Juuru_vallavalitsus, lk 48
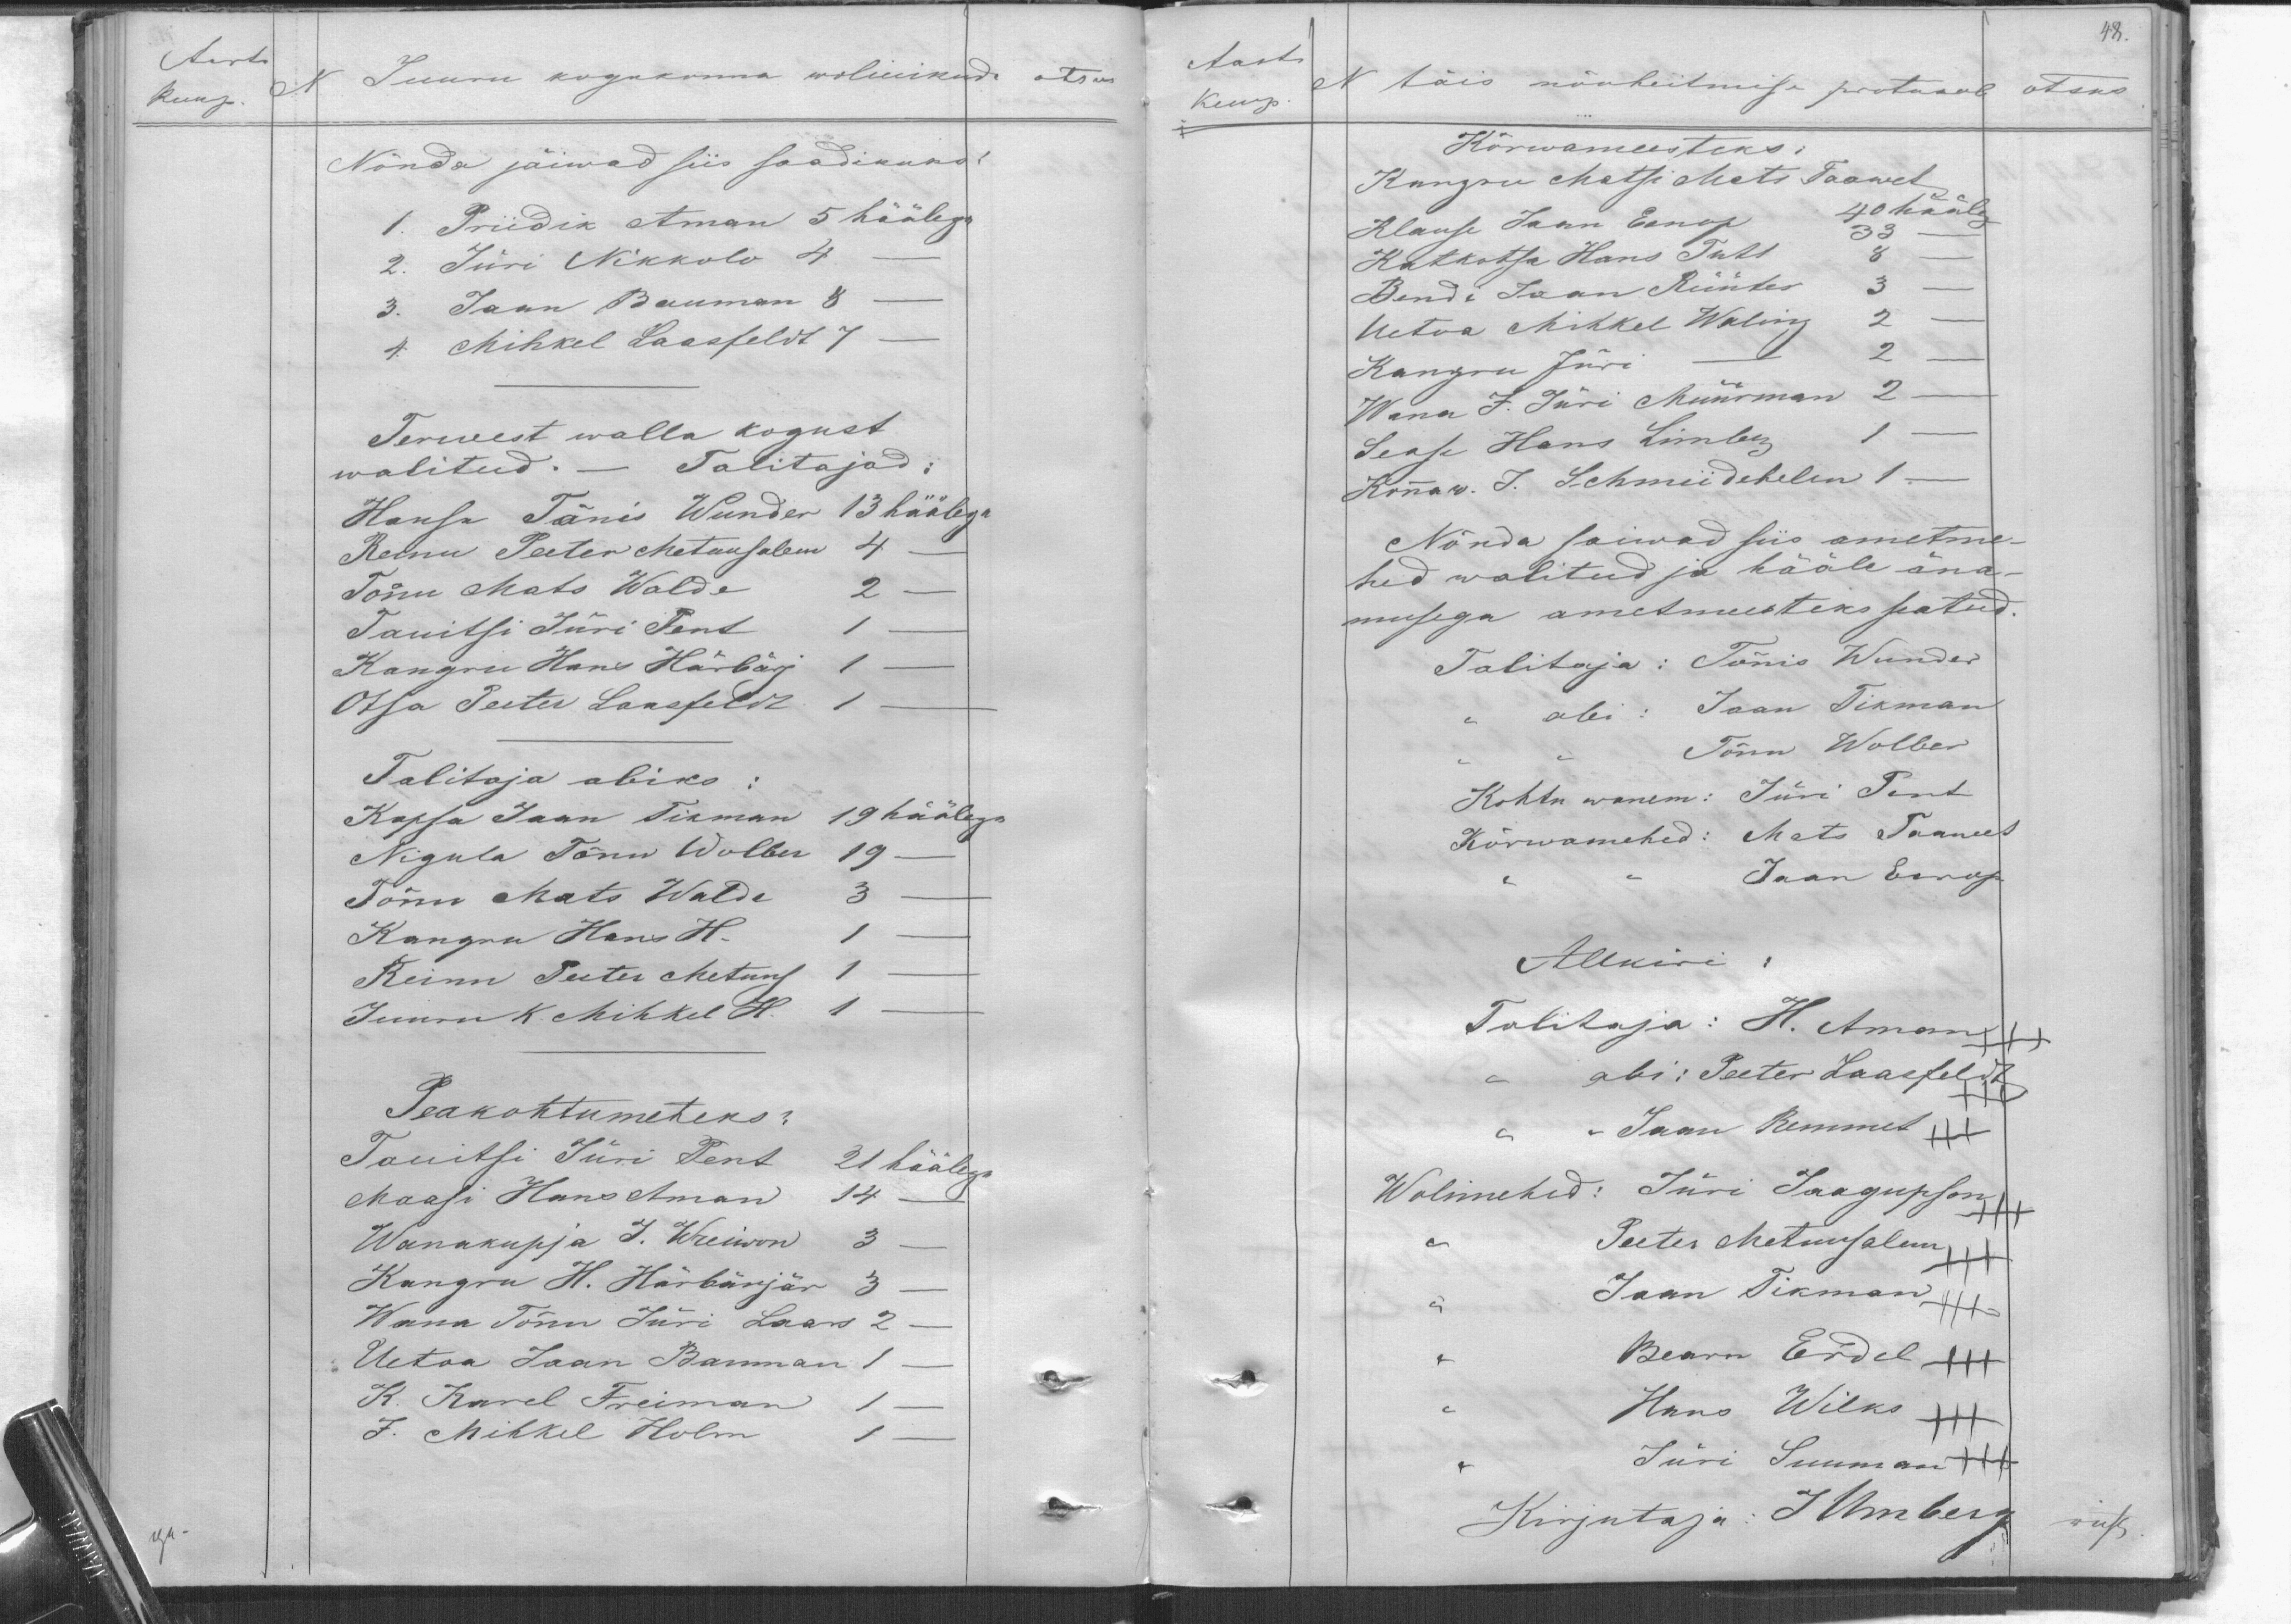
Aasta
Kuup. N
Juuru kogukonna wolinikude
otsus
Nõnda jäiwad siis saadikuks:
1. Priidik Aman 5 häälega
2. Jüri Nikkolo 4 -
3. Jaan Bauman 8 -
4. Mihkel Laasfeldt 7 -
Terwest walla kogust
walitud. - Talitajad:
Hansa Tõnis Wunder 13 häälega
Reinu Peeter Metuusalem 4 -
Tõnu Mats Walde 2 -
Tanitsi Jüri Pent 1 -
Kangru Hans Härbärj 1 -
Otsa Peeter Laasfeldt
Talitaja abiks:
Kapsa Jaan Tikman 19 häälega
Nigula Tõnu Wolber 19
Tõnu Mats Walde 3 -
Kangru Hans H. 1 -
Reinn Peeter Metung 1 -
Jaan K. Mihkel H. 1 -
Peakohtumeheks :
Tanitsi Jüri Pent 21 häälega
Maasi Hans Amand 14
Wanakupja J. Wreiwan 3 -
Kangru H. Härbärjar 3
Wana Tõnu Jüri Laars 2
Uetoa Jaan Bauman 1 -
K. Karel Freiman 1.
J. Mihkel Holm 1

48.
Aasta
Kuup.
N täis nõuheitmise protokol otsus
Kõrwameesteks:
Kangru Matsi Mats Taawet
Klause Jaan Eenop 40 hääleg
33
Katkotsa Hans Tuts 8
Bendi Jaan Rüüter 3
Uetoa Mihkel Waling 2
Kangru Jüri - 2
Wana J. Jüri Müürman 2
Sease Hans Limberg 1 -
Kanaw. J. Schmiidehelm 1 -
Nõnda saiwad siis ametme-
hed walitud ja hääle äna-
musega ametmeesteks seatud.
Talitaja: Tõnis Wunder
abi: Jaan Tikman
Tõnn Wolber
Kohtu wanem: Jüri Pent
Kõrwamehed: Mats Taawet
Jaan Eerop.
Allkiri
Talitaja: H. Aman
abi: Peeter Laasfeldt
Jaan Remmet
Wolimehed: Jüri Jaagupson
Peeter Metuusalem
Jaan Tikman
Bearn Erdel
Hans Wilks
Jüri Suumann
Kirjutaja: J Umberg